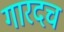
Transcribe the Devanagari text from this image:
गारदच